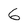
Character: 6